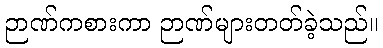
ဉာဏ်ကစားကာ ဉာဏ်များတတ်ခဲ့သည်။